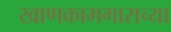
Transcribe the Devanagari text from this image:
खाणकामगाराच्या